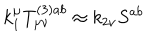
k _ { 1 } ^ { \mu } T _ { \mu \nu } ^ { ( 3 ) a b } \approx k _ { 2 \nu } S ^ { a b }